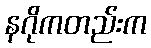
နဂိုကတည်းက